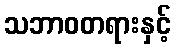
သဘာဝတရားနှင့်